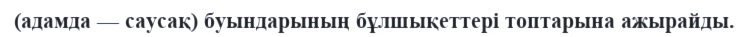
(адамда — саусақ) буындарының бұлшықеттері топтарына ажырайды.